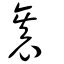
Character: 袠